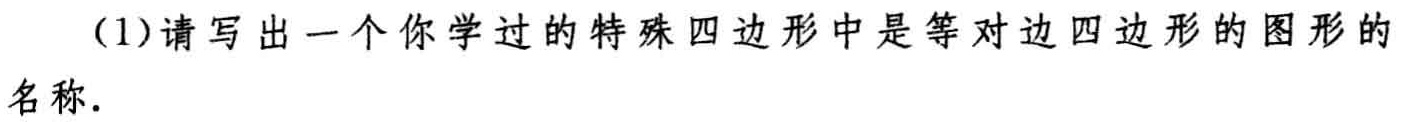
（1）请写出一个你学过的特殊四边形中是等对边四边形的图形的名称.